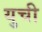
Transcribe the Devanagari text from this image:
युची